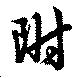
附